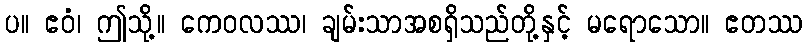
ပ။ ဧဝံ၊ ဤသို့။ ကေဝလဿ၊ ချမ်းသာအစရှိသည်တို့နှင့် မရောသော။ ဧတဿ